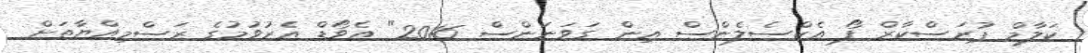
ކަލާމް ޕުރަސްކާރް ފޯ އެކްސެލެންސް އިން ގަވަނަންސް 2016" އެވޯޑް އެރުވުމުގެ ރަސްމިއްޔާތަށް